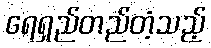
ရေရှည်တည်တံ့သည့်